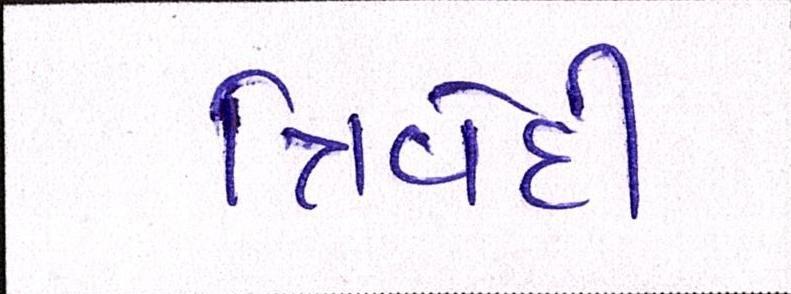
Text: ત્રિવેદી